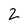
Character: 2